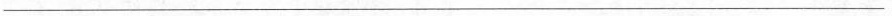
___